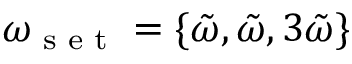
\omega _ { \textrm { s e t } } = \{ \tilde { \omega } , \tilde { \omega } , 3 \tilde { \omega } \}